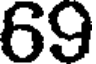
69